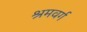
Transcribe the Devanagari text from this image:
श्रमवर्ग